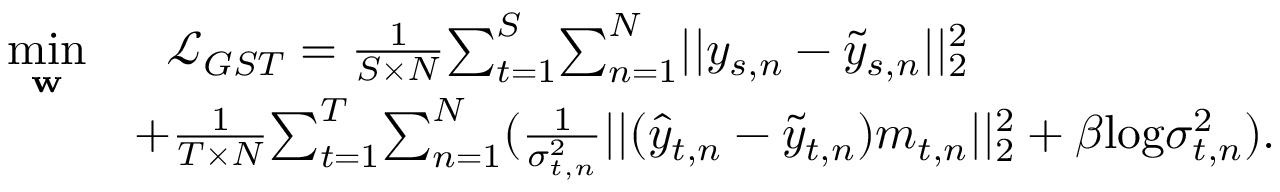
\begin{array} { r l } { \underset { \mathbf { w } } { \mathop { \operatorname* { m i n } } } } & { ~ ~ \mathcal { L } _ { G S T } = \frac { 1 } { S \times N } { \sum _ { t = 1 } ^ { S } } { \sum _ { n = 1 } ^ { N } } | | y _ { s , n } - \tilde { y } _ { s , n } | | _ { 2 } ^ { 2 } } \\ & { + \frac { 1 } { T \times N } { \sum _ { t = 1 } ^ { T } } { \sum _ { n = 1 } ^ { N } } ( \frac { 1 } { \sigma _ { t , n } ^ { 2 } } | | ( \hat { y } _ { t , n } - \tilde { y } _ { t , n } ) m _ { t , n } | | _ { 2 } ^ { 2 } + \beta \mathrm { l o g } \sigma _ { t , n } ^ { 2 } ) . } \end{array}